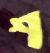
শ